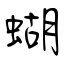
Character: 蝴